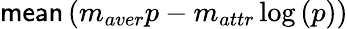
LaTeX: \textsf{mean}\left(m_{aver}p-m_{attr}\log\left(p\right)\right)